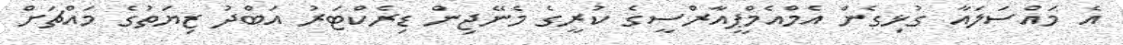
އެ މައްސަލައާ ގުޅިގެން އެމްއެމްޕީއާރްސީގެ ކުރީގެ މެނޭޖިން ޑިރެކްޓަރު އަބްދު ޒިޔަތުގެ މައްޗަށް